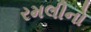
રમલીનો